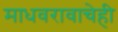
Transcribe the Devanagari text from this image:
माधवरावाचेही